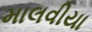
માલવીયા